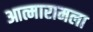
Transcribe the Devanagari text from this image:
आत्मारामला